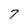
Character: 7